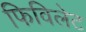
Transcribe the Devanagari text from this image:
फिविलेट